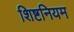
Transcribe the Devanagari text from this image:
शिष्टनियम